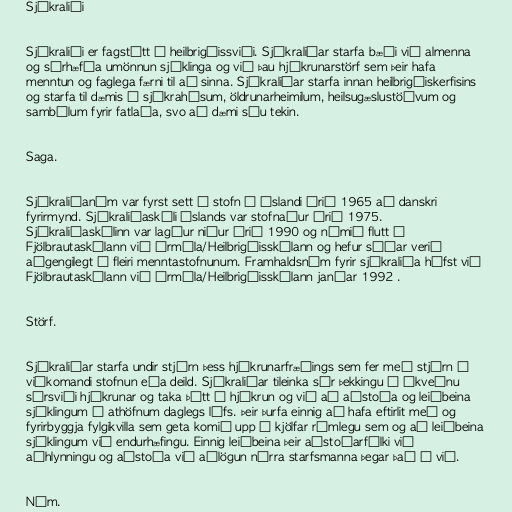
Sjúkraliði

Sjúkraliði er fagstétt á heilbrigðissviði. Sjúkraliðar starfa bæði við almenna
og sérhæfða umönnun sjúklinga og við þau hjúkrunarstörf sem þeir hafa
menntun og faglega færni til að sinna. Sjúkraliðar starfa innan heilbrigðiskerfisins
og starfa til dæmis á sjúkrahúsum, öldrunarheimilum, heilsugæslustöðvum og
sambýlum fyrir fatlaða, svo að dæmi séu tekin.

Saga.

Sjúkraliðanám var fyrst sett á stofn á Íslandi árið 1965 að danskri
fyrirmynd. Sjúkraliðaskóli Íslands var stofnaður árið 1975.
Sjúkraliðaskólinn var lagður niður árið 1990 og námið flutt í
Fjölbrautaskólann við Ármúla/Heilbrigðisskólann og hefur síðar verið
aðgengilegt á fleiri menntastofnunum. Framhaldsnám fyrir sjúkraliða hófst við
Fjölbrautaskólann við Ármúla/Heilbrigðisskólann janúar 1992 .

Störf.

Sjúkraliðar starfa undir stjórn þess hjúkrunarfræðings sem fer með stjórn á
viðkomandi stofnun eða deild. Sjúkraliðar tileinka sér þekkingu á ákveðnu
sérsviði hjúkrunar og taka þátt í hjúkrun og við að aðstoða og leiðbeina
sjúklingum í athöfnum daglegs lífs. Þeir þurfa einnig að hafa eftirlit með og
fyrirbyggja fylgikvilla sem geta komið upp í kjölfar rúmlegu sem og að leiðbeina
sjúklingum við endurhæfingu. Einnig leiðbeina þeir aðstoðarfólki við
aðhlynningu og aðstoða við aðlögun nýrra starfsmanna þegar það á við.

Nám.